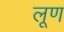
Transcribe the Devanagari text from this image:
लूण